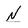
Character: N